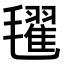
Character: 𣰞